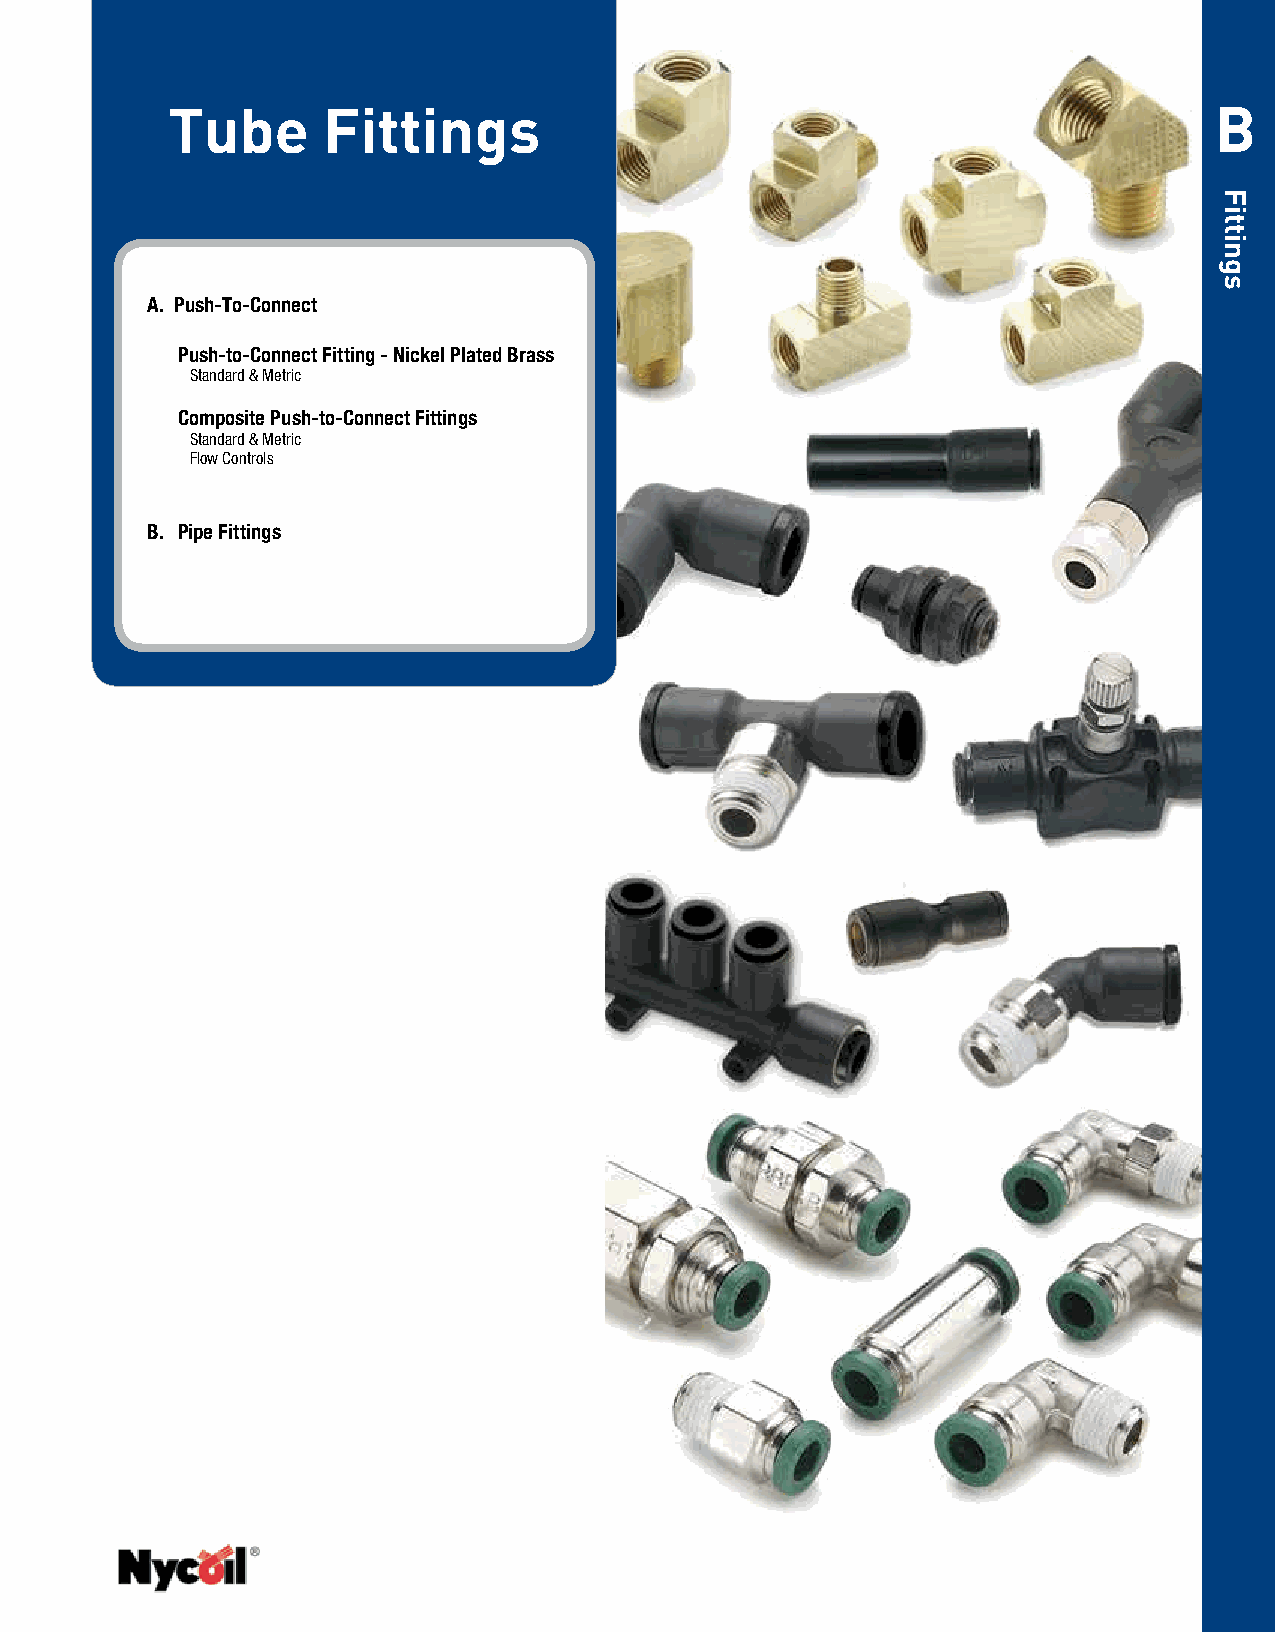
Tube      Fittings                                                   B
 A. Push-To-Connect
 Push-to-Connect Fitting - Nickel Plated Brass
 Standard & Metric
 Composite Push-to-Connect Fittings
 Standard & Metric
 Flow Controls
 B. Pipe Fittings
 Fittings